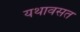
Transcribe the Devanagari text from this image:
यथावसत